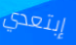
إبتعدي